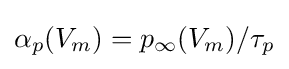
\alpha _{p}(V_{m})=p_{\infty }(V_{m})/\tau _{p}